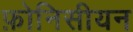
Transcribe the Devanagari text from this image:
फ़ोनिसीयन